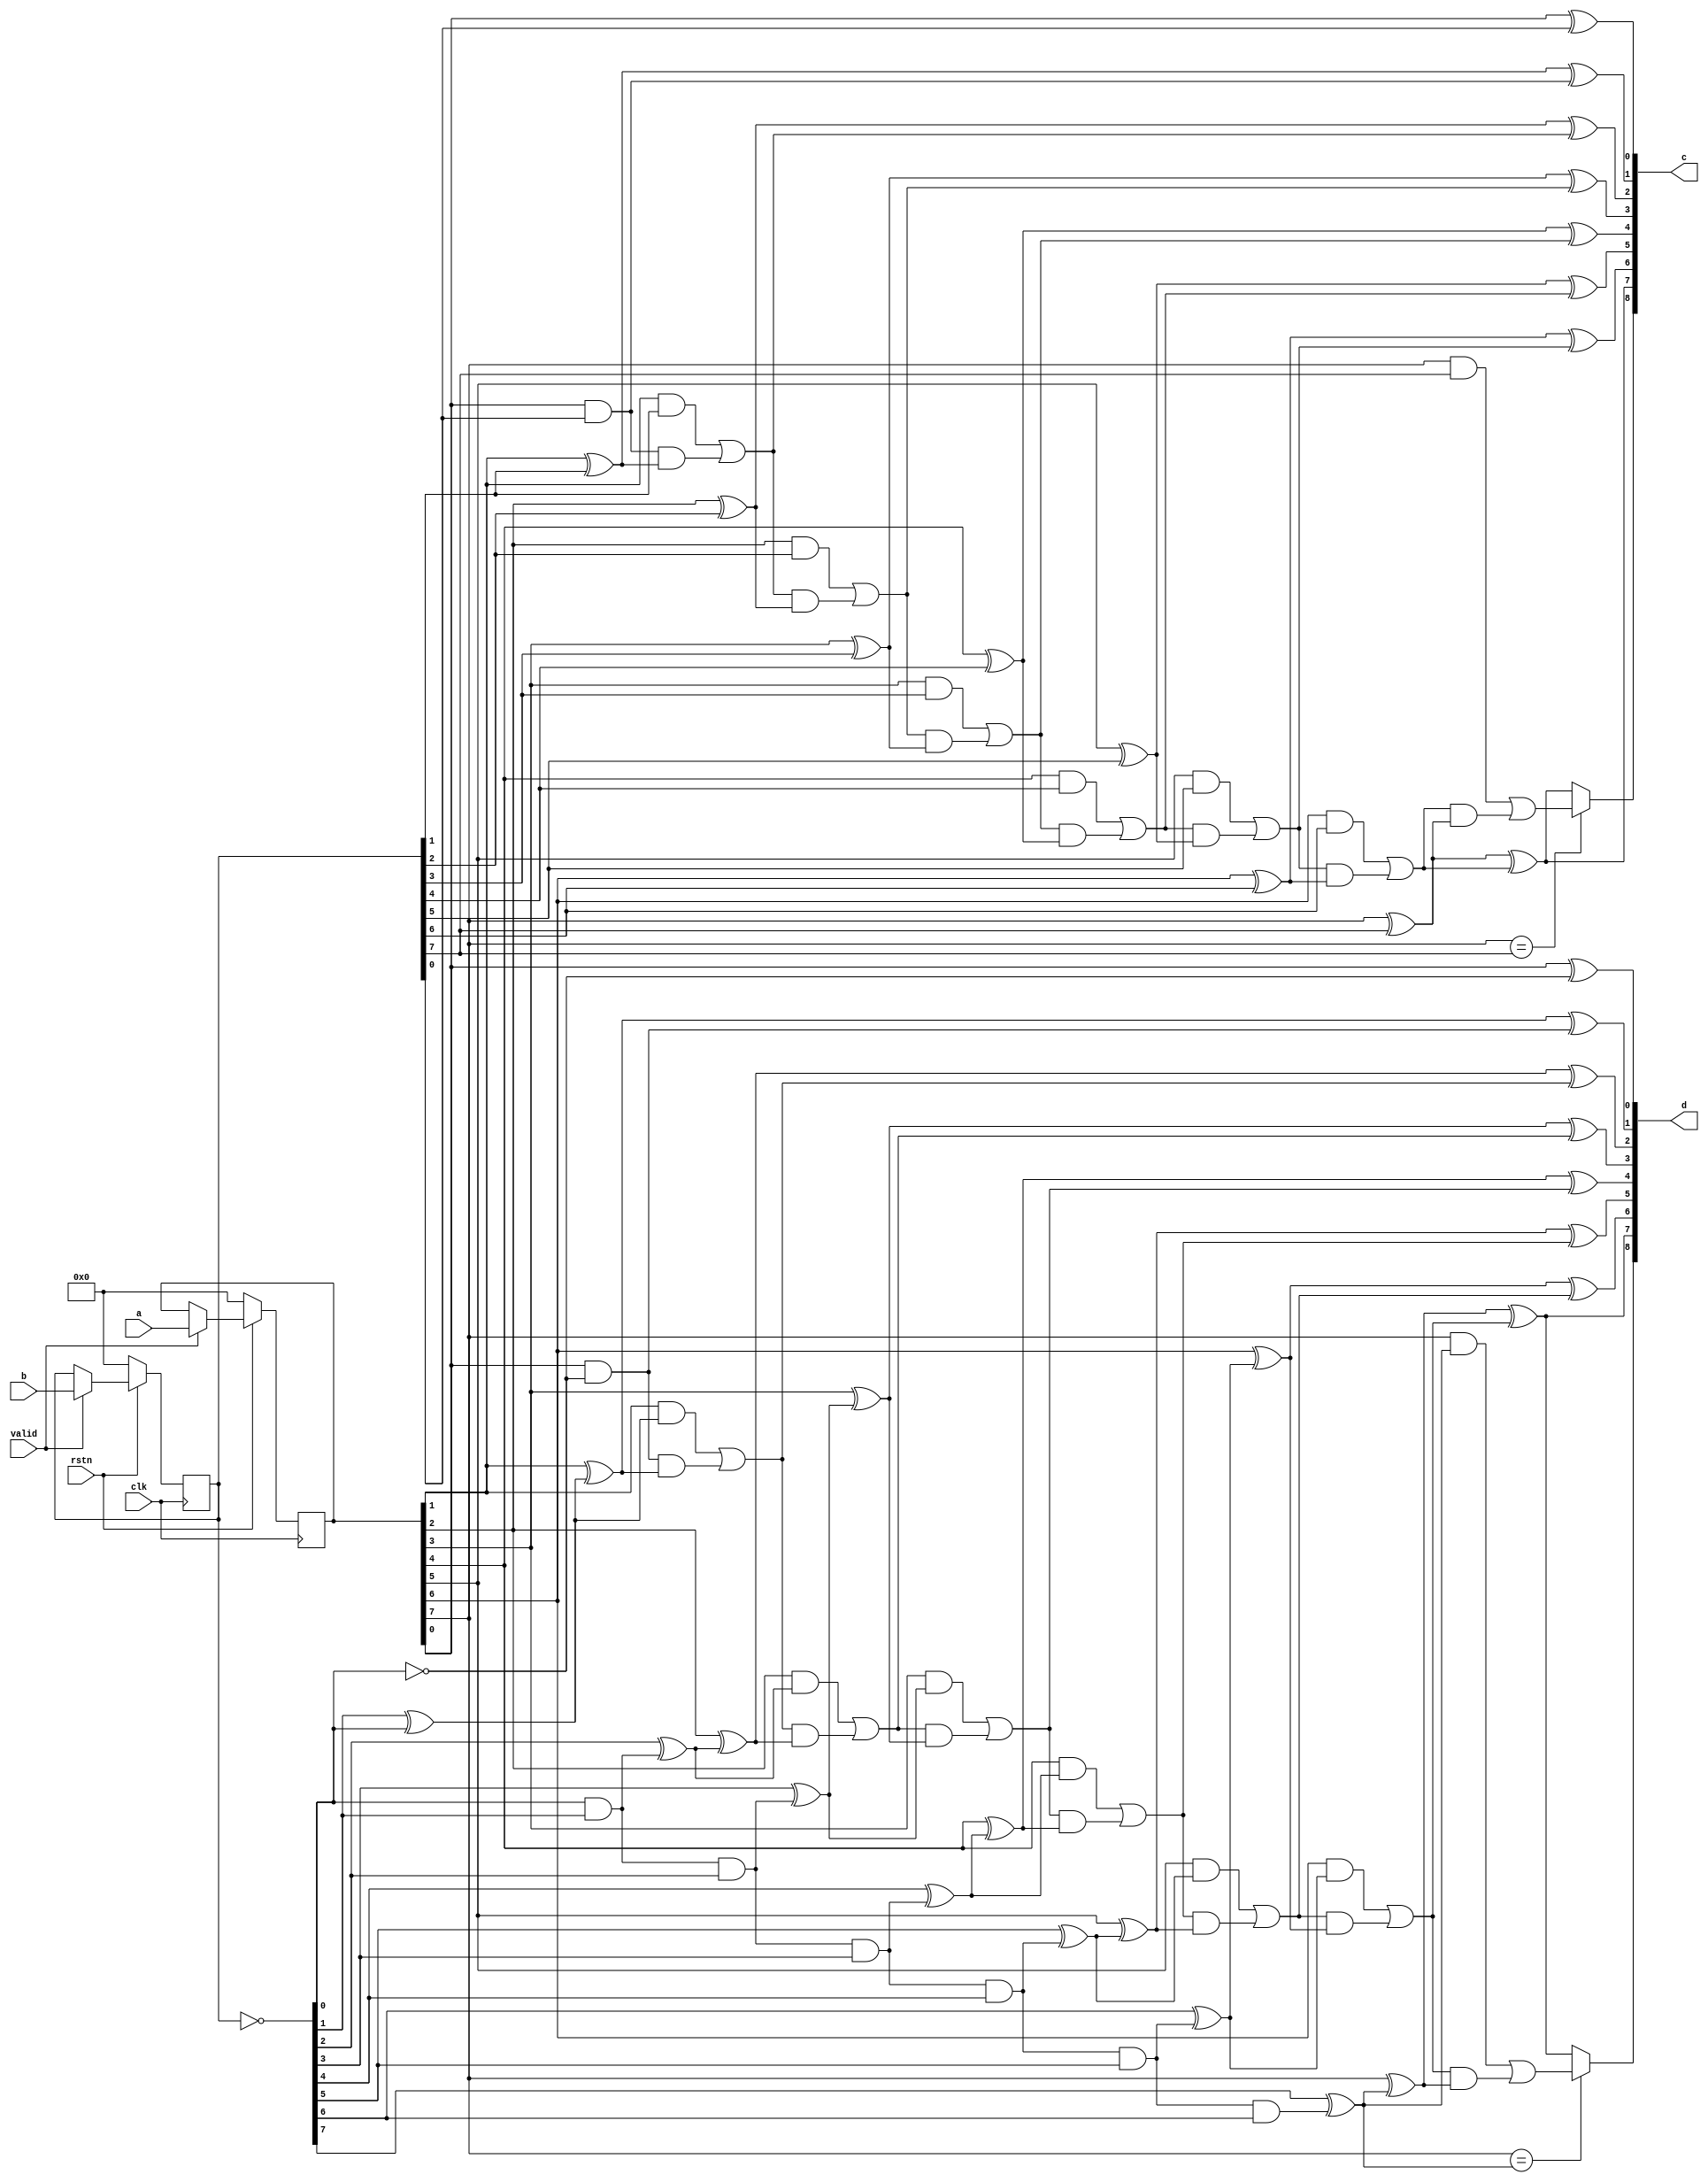
/**********************************************************************
 * Topic : RTL Core
 * 		  2-Dimensional Fast Hartley Transform
 *
 * Function: Fast Hartley Transform ButterFly Unit
 *
 * RIGHT TO USE: This code example, or any portion thereof, may be
 * used and distributed without restriction, provided that this entire
 * comment block is included with the example.
 *
 * DISCLAIMER: THIS CODE EXAMPLE IS PROVIDED "AS IS" WITHOUT WARRANTY
 * OF ANY KIND, EITHER EXPRESS OR IMPLIED, INCLUDING, BUT NOT LIMITED
 * TO WARRANTIES OF MERCHANTABILITY, FITNESS OR CORRECTNESS. IN NO
 * EVENT SHALL THE AUTHOR OR AUTHORS BE LIABLE FOR ANY DAMAGES,
 * INCLUDING INCIDENTAL OR CONSEQUENTIAL DAMAGES, ARISING OUT OF THE
 * USE OF THIS CODE.
 **********************************************************************/

module fht_bfly_noFF(
	rstn,
	clk,
	valid,
	a,
	b,
	c,
	d
);

parameter N = 8;

input			rstn;
input			clk;

input			valid;

input	[N-1:0]	a; // input
input	[N-1:0]	b; // input

output	[N  :0]	c; // additive output
output	[N  :0]	d; // subtractive output

reg [N-1:0] a_FF;
always @(posedge clk)
if		(!rstn)	a_FF <= #1 0;
else if (valid)	a_FF <= #1 a;

reg [N-1:0] b_FF;
always @(posedge clk)
if		(!rstn) b_FF <= #1 0;
else if (valid)	b_FF <= #1 b;

assign c = rca_N(a_FF,b_FF);
assign d = rca_N(a_FF,twos_complement(b_FF));

// +--------------------------------------------------+ \\
// +----------- Function's Description Part ----------+ \\
// +--------------------------------------------------+ \\
// Full Adder
	function [1:0] full_adder;
	input a, b, ci;
	reg co, s;
	begin
		s  = (a ^ b ^ ci);
		co = (a & b) | (ci & (a ^ b));
		full_adder = {co,s};
	end
	endfunction

// Half Adder, i.e. without carry in
	function [1:0] half_adder;
	input a, b;
	reg co, s;
	begin
		s  = (a ^ b);
		co = (a & b);
		half_adder = {co,s};
	end
	endfunction

// Ripple Carry Adder - rca
// Input  vector = N     bits
// Output vector = N + 1 bits
	function [N:0] rca_N;

//	parameter N = 8;
	input [N-1:0] a;
	input [N-1:0] b;
	
	reg [N-1:0] co,sum;
		
		begin : RCA // RIPPLE_CARRY_ADDER
        	integer i;
        	//for (i = 0; i <= N; i = i + 1)
        	for (i = 0; i < N; i = i + 1)
            	if (i == 0)
					{co[i],sum[i]} = half_adder(a[i],b[i]);
				else
					{co[i],sum[i]} = full_adder(a[i],b[i],co[i-1]);

		rca_N[N-1:0] = sum;
		// MSB is a sign bit
		rca_N[N] = (a[N-1]==b[N-1]) ? co[N-1] : sum[N-1];
		end
	endfunction


	function [N-1:0] twos_complement;
	input [N-1:0] a;
  	reg [N-1:0] ainv;
  	reg [N:0] plus1;
	begin
		ainv  = ~a;
		plus1 = rca_N(ainv,{{N-1{1'b0}},1'b1});
	
		// pragma coverage block = off
		// synopsys translate_off
		// The only problem is absolute minumum negative value
		if (a == {1'b1, {N-1{1'b0}}})
			$display("--->>> 2's complement ERROR - absolute minimum negative value: %0b\n\t %m",a);
		// synopsys translate_on
		// pragma coverage block = on
		
		twos_complement = plus1[N-1:0];
	end
	endfunction

endmodule

// Update Log:
// 27 Jul. 2011
// added pragmas for coverage